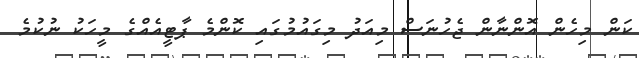
ކަން މިހެން އޮންނާން ޖެހުނަސް މިއަދު މިގައުމުގައި ކޮންމެ ޕާޓީއެއްގެ މީހަކު ނުކުމެ